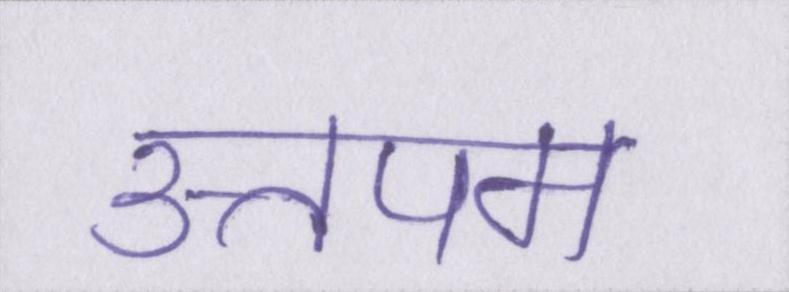
उत्तपम